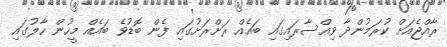
ރާއްޖެއަށް ކުރަމުންދާ ވިއްސާރައިގައި ބައެއް ރަށްރަށުގައި ފެން ބޮޑުވެ ބައެއް މީހުން ހާލުގައި